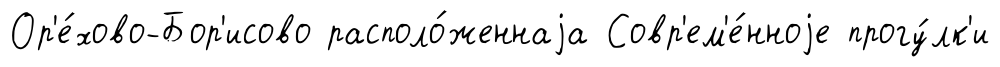
Ор'е́хово-Бор'исово располо́женнаjа Совр'ем'е́нноjе прогу́лк'и